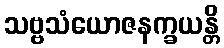
သဗ္ဗသံယောဇနက္ခယန္တိ